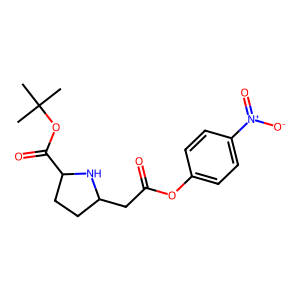
SMILES: CC(C)(C)OC(=O)C1CCC(CC(=O)Oc2ccc([N+](=O)[O-])cc2)N1
Inhibits HIV replication: No